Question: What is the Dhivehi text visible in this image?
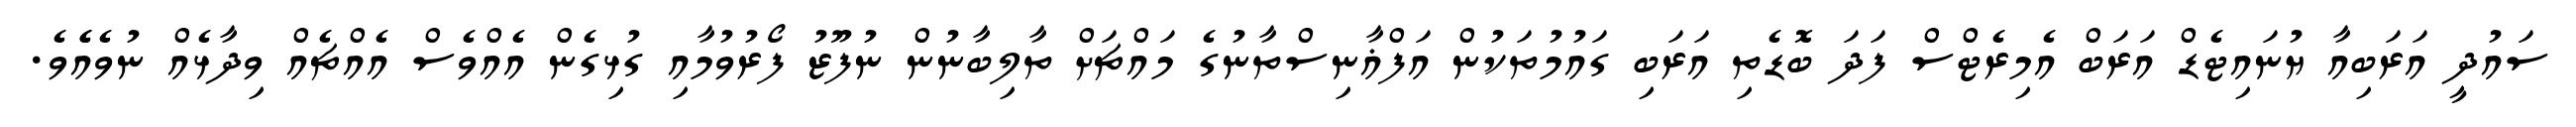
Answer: ސައުދީ އަރަބިއާ ޔުނައިޓެޑް އަރަބް އެމިރެޓްސް ފަދަ ބޮޑެތި އަރަބި ގައުމުތަކުން އަފްޣާނިސްތާނުގެ މައްޗަށް ތާލިބާނުން ނުފޫޒު ފޯރުވުމާއި ގުޅިގެން އެއްވެސް އެއްޗެއް ވިދާޅެއް ނުވެއެެވެ.